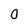
Character: 0